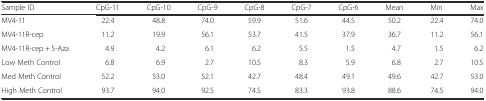
<table><thead><tr><td><b>Sample ID</b></td><td><b>CpG-11</b></td><td><b>CpG-10</b></td><td><b>CpG-9</b></td><td><b>CpG-8</b></td><td><b>CpG-7</b></td><td><b>CpG-6</b></td><td><b>Mean</b></td><td><b>Min</b></td><td><b>Max</b></td></tr></thead><tbody><tr><td>MV4-11</td><td>22.4</td><td>48.8</td><td>74.0</td><td>59.9</td><td>51.6</td><td>44.5</td><td>50.2</td><td>22.4</td><td>74.0</td></tr><tr><td>MV4-11R-cep</td><td>11.2</td><td>19.9</td><td>56.1</td><td>53.7</td><td>41.5</td><td>37.9</td><td>36.7</td><td>11.2</td><td>56.1</td></tr><tr><td>MV4-11R-cep + 5-Aza</td><td>4.9</td><td>4.2</td><td>6.1</td><td>6.2</td><td>5.5</td><td>1.5</td><td>4.7</td><td>1.5</td><td>6.2</td></tr><tr><td>Low Meth Control</td><td>6.8</td><td>6.9</td><td>2.7</td><td>10.5</td><td>8.3</td><td>5.9</td><td>6.8</td><td>2.7</td><td>10.5</td></tr><tr><td>Med Meth Control</td><td>52.2</td><td>53.0</td><td>52.1</td><td>42.7</td><td>48.4</td><td>49.1</td><td>49.6</td><td>42.7</td><td>53.0</td></tr><tr><td>High Meth Control</td><td>93.7</td><td>94.0</td><td>92.5</td><td>74.5</td><td>83.3</td><td>93.8</td><td>88.6</td><td>74.5</td><td>94.0</td></tr></tbody></table>